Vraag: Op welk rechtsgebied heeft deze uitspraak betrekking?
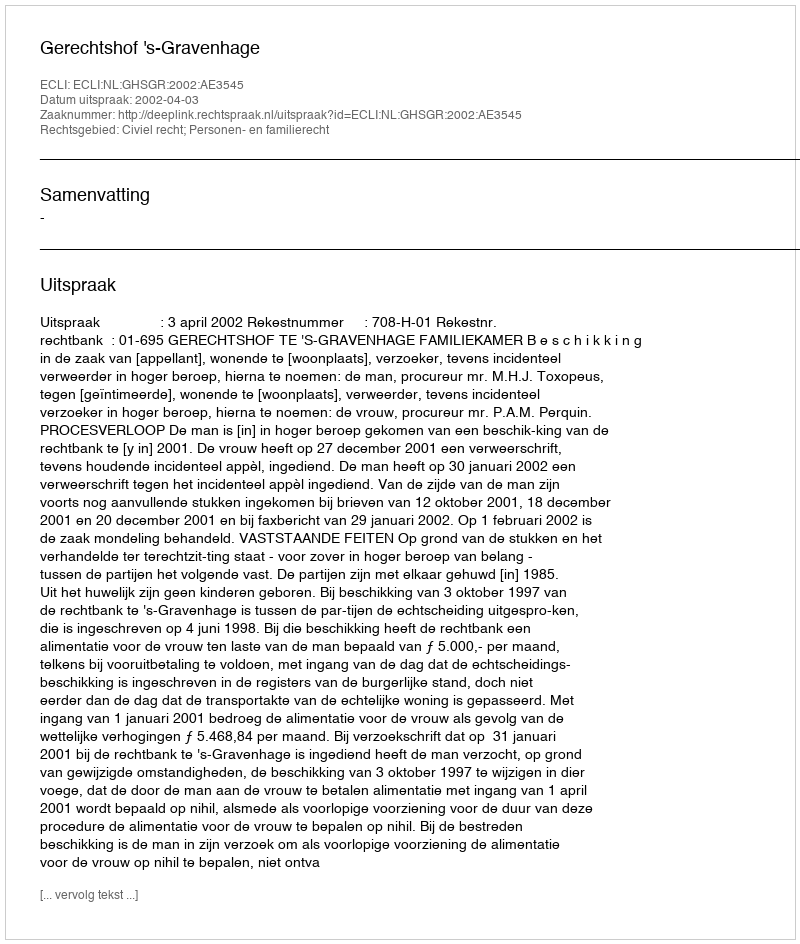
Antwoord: Civiel recht; Personen- en familierecht